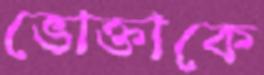
ভোক্তাকে